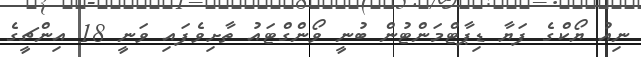
ނިއު ޔޯކްގެ ފަޔާ ޑިޕާޓްމަންޓުން ބުނީ ވޯންގްޓައު ތާށިވެފައި ވަނީ 18 އިންޗީގެ